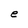
Character: e